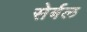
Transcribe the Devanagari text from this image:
सेर्बल